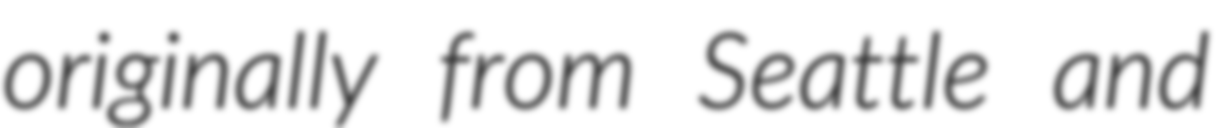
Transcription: originally from Seattle and